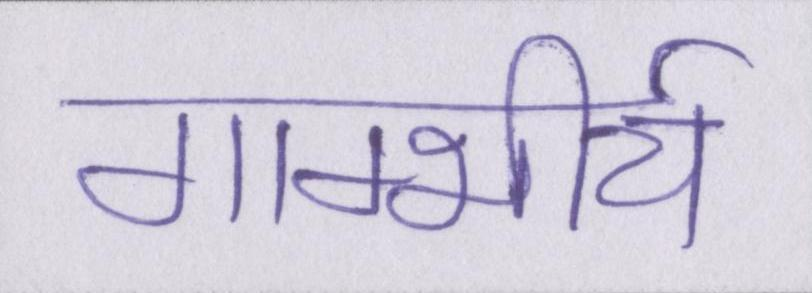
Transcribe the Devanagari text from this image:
गाम्भीर्य